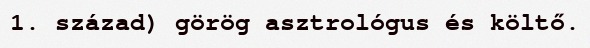
1. század) görög asztrológus és költő.